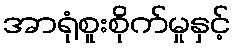
အာရုံစူးစိုက်မှုနှင့်